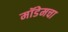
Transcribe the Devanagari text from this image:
मॉडेमचा